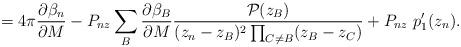
LaTeX: \begin{align*}=4\pi \frac{\partial \beta_n}{\partial M} - P_{nz}\sum_B\frac{\partial \beta_B}{\partial M} \frac{{\cal P}(z_B)}{(z_n-z_B)^2\prod_{C\neq B}(z_B-z_C)}+ P_{nz} ~p'_1(z_n).\end{align*}